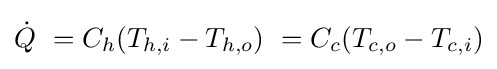
{\dot {Q}}\ =C_{h}(T_{h,i}-T_{h,o})\ =C_{c}(T_{c,o}-T_{c,i})